Civil Veterinary Department. United Provinces 1923-31 - 1923-1931
Year: 1923
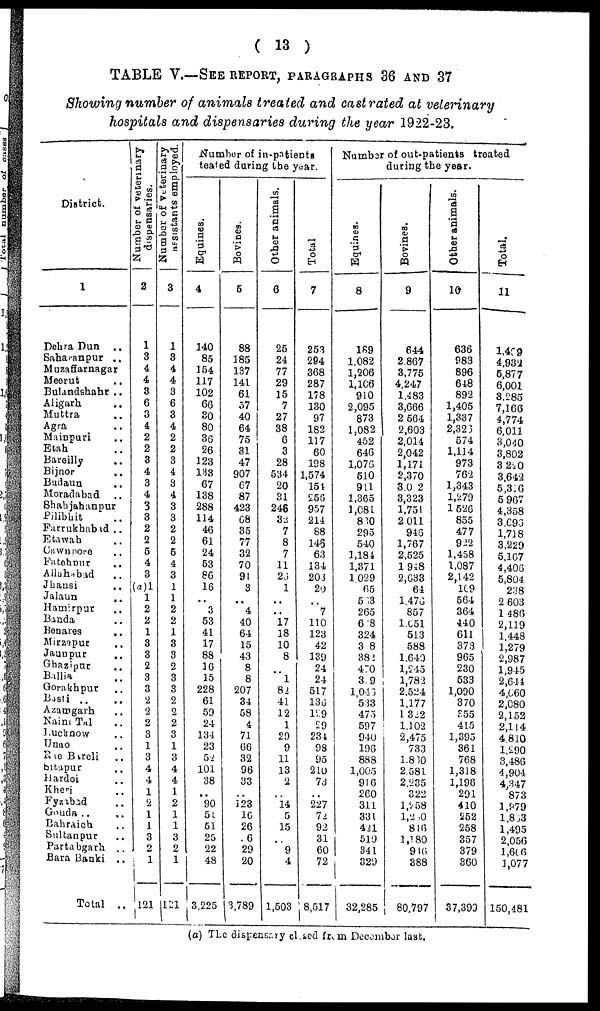
( 13 )
TABLE V.—SEE REPORT, PARAGRAPHS 36 AND 37
Showing number of animals treated and castrated at veterinary
hospitals and dispensaries during the year 1922-23.
District.
1
Dehra Dun
..
Saharanpur ..
Muzaffarnagar
Meerut ..
Bulandshahr ..
Aligarh ..
Muttra..
Agra
Mainpuri ..
Etah ..
Bareilly ..
Bijnor ..
Budaun ..
Moradabad ..
Shahjahanpur ..
Pilibhit
Farrukhabad ..
Etawah ..
Cawnpore ..
Fatehpur ..
Allahabad ..
Jhansi
..
Jalaun ..
Hamirpur ..
Banda ..
Benares
..
Mirzapur
..
Jaunpur ..
Ghazipur ..
Ballia ..
Gorakhpur ..
Basti .. ..
Azamgarh ..
Nairi Tal ..
Lucknow ..
Unao ..
Rie Bareli ..
Sitapur ..
Hardoi ..
Kheri ..
Fyzabad ..
Gonda ..
Bahraich ..
Sultanpur ..
Partabgarh ..
Bara Banki ..
Total
..
Number of veterinary
dispensaries.
2
1
3
4
4
3
6
3
4
2
2
3
4
3
4
3
3
2
2
5
4
3
(a)1
1
2
2
1
3
3
2
3
3
2
2
2
3
1
3
4
4 1 2
1
1
3
2
1
121
Number of Veterinary
assistants employed.
3
1
3
4
4
3
6
3
4
2
2
3
4
3
4
3
3
2
2
6
4
3
1
1
2
2
1
3
3
2
3
3
2
2
2
3
1
3
4
4
1
2
1
1
3
2
1
121
Number of in-patients
teated during the year.
Equines.
4
140
85
154
117
102
66
30
80
36
56
123
133
67
138
288
114
46
61
24
53
86
16
..
3
53
41
17
88
16
15
228
61
50
24
134
23
52
101
38
.. 90
55
51
25
22
48
3,225
Bovines.
5
88
185
137
141
61
57
40
64
75
31
47
907
67
87
423
68
35
77
32
70
91
3
..
4
40
64
15
43
8
8
207
34
58
4
71
66
32
96
33
.. 123
16
26
6
29
20
3,789
Other animals.
6
25
24
77
29
15
7
27
38
6
3
28
534
20
81
248
32
7
8
7
11
26
1
..
..
l7
18
10
8
..
1
82
41
12
1
29
9
11
13
2
..
14 5
15
..
9
4
1,503
Total
7
253
294
368
287
178
130
97
182
117
60
198
1,574
154
256
957
214
88
145
63
134
203
20
..
7
110
123
42
139
24
24
517
136
129
29
234
98
95
210
73
..
227
72
92
31
60
72
8,517
Number of out-patients treated
during the year.
Equines.
8
189
1,082
1,206
1,166
910
2,095
873
1,082
452
646
1,076
510
911
1,365
1,081
810
295
540
1,184
1,371
1029
65
563
265
628
324
3 8
382
470
3 9
1,046
533
475
597
940
196
888
1,005
916
260
311
331
421
519
341
329
32,285
Bovines.
9
644
2,867
3,775
4,247
1,483
3,666
2,564
2,603
2,014
2,042
1,171
2,370
3,0 2
3,323
1,751
2 011
945
1,767
2,525
1948
2,633
64
1,476
857
1,051
513
588
1,640
1,245
1,782
2,524
1,177
1,322
1,102
2,475
733
1,810
2,581
2,235
322
l,258
1,250
816
1,180
946
388
80,797
Other animals.
10
636
983
896
648
892
1,405
1,337
2,32 3
574
1,114
973
762
1,343
1,279
1,526
855
477
922
1,458
1,087
2,142
109
564
364
440
611
373
965
230
533
1,090
370
855
415
1,395
361
768
1,318
1,196
291
410
252
258
357
379
360
37,399
Total.
11
1,409
4,932
5,877
6,001
8,285
7,166
4,774
6,011
3,040
3,802
3,220
3,642
5,316
5,967
4,358
3,693
1,718
3,229
5,167
4,406
5,804
238
2 603
1 486
2,119
1,448
1,279
2,987
1,945
2,644
4,660
2,080
2,152
2,114
4,810
1,290
3,486
4,904
4,347
873
1,979
1,803
1,495
2,056
1,606
1,077
150,481
(a) The dispensary closed frorm December last.